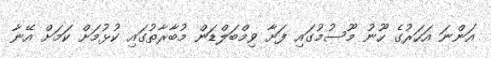
އަންނަ އަހަރުގެ ހޫނު މޫސުމުގައި ފަށާ ވިމްބަލްޑަން މުބާރާތުގައި ކުޅުމަށް ކަމަށް އޭނާ